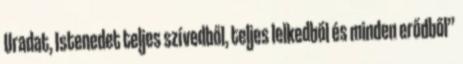
Uradat, Istenedet teljes szívedből, teljes lelkedből és minden erődből”